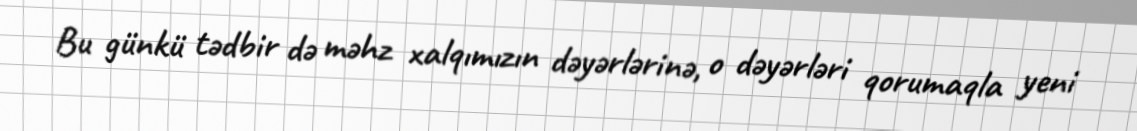
Bu günkü tədbir də məhz xalqımızın dəyərlərinə, o dəyərləri qorumaqla yeni